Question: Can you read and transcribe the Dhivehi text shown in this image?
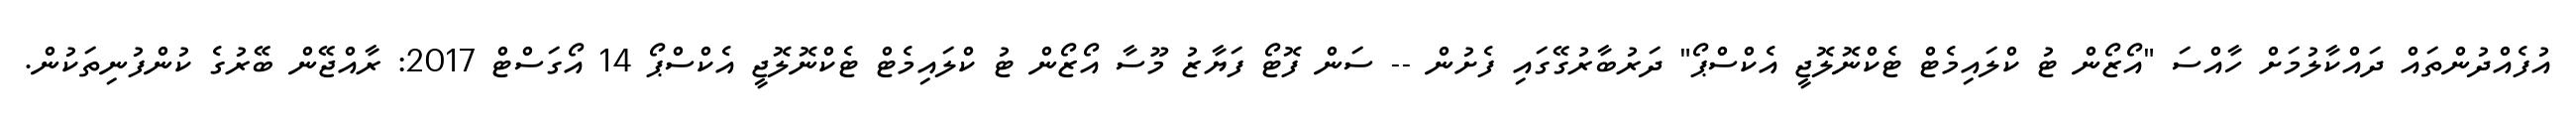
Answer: އުފެއްދުންތައް ދައްކާލުމަށް ހާއްސަ "އޯޒޯން ޓު ކްލައިމެޓް ޓެކްނޮލޮޖީ އެކްސްޕޯ" ދަރުބާރުގޭގައި ފެށުން -- ސަން ފޮޓޯ ފަޔާޒު މޫސާ އޯޒޯން ޓު ކްލައިމެޓް ޓެކްނޮލޮޖީ އެކްސްޕޯ 14 އޯގަސްޓް 2017: ރާއްޖޭން ބޭރުގެ ކުންފުނިތަކުން.